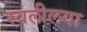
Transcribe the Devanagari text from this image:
स्वलीलया